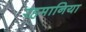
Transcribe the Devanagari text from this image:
रहमानिया